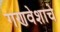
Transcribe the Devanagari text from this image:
गणवेशाचे